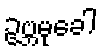
ဥဗ္ဘမုခေါ